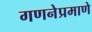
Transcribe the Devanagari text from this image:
गणनेप्रमाणे